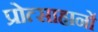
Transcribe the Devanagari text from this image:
प्रोत्साहानों